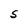
Character: S